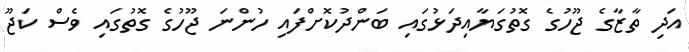
އަދި ތާޒާގެ ޖޫހުގެ ގޮތުގަޔާއިދަޅުގައި ބަންދުކޮށްފައި ހުންނަ ޖޫހުގެ ގޮތުގައި ވެސް ކަޖޫ